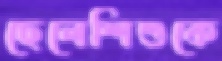
ছেলেশিশুকে